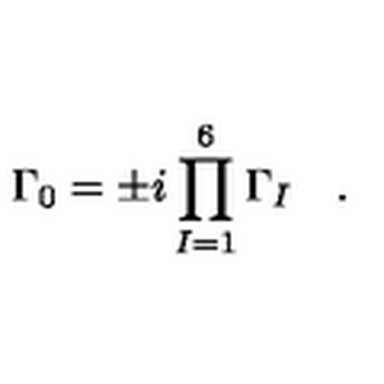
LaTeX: \Gamma _ { 0 } = \pm i \prod _ { I = 1 } ^ { 6 } \Gamma _ { I } \quad .